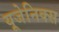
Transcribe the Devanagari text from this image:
यूजेनिक्स